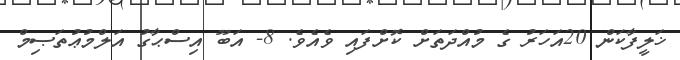
ޚަލީފާކަން 20އަހަރު ގެ މުއްދަތަށް ކޮށްފައި ވެއެވެ. 8- އަބޫ އިސްޙާގު އަލްމުޢުތަޞިމް